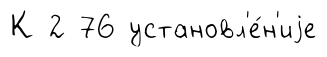
К 2 76 установл'е́н'иjе